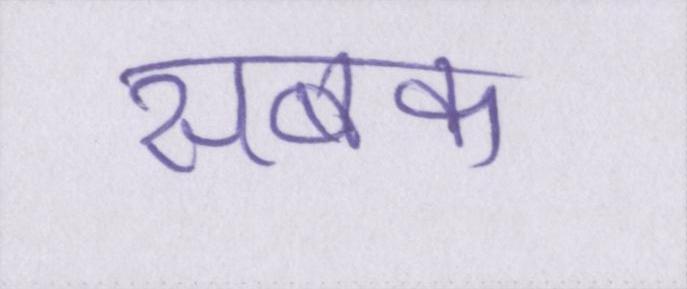
सबक